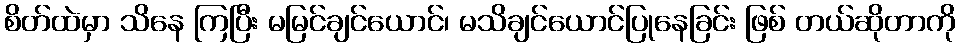
စိတ်ထဲမှာ သိနေ ကြပြီး မမြင်ချင်ယောင်၊ မသိချင်ယောင်ပြုနေခြင်း ဖြစ် တယ်ဆိုတာကို